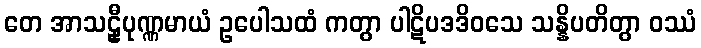
တေ အာသဠှီပုဏ္ဏမာယံ ဥပေါသထံ ကတွာ ပါဋိပဒဒိဝသေ သန္နိပတိတွာ ဝဿံ